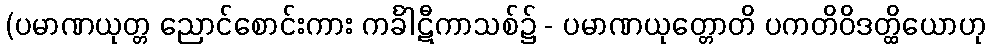
(ပမာဏယုတ္တ ညောင်စောင်းကား ကင်္ခါဋီကာသစ်၌ - ပမာဏယုတ္တောတိ ပကတိဝိဒတ္ထိယောဟု